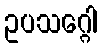
ဥပသဂ္ဂေါ